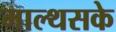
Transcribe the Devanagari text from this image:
माल्थसके